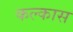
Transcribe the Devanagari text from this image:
कल्कास